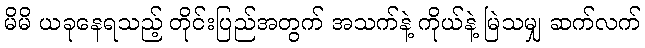
မိမိ ယခုနေရသည့် တိုင်းပြည်အတွက် အသက်နဲ့ ကိုယ်နဲ့ မြဲသမျှ ဆက်လက်